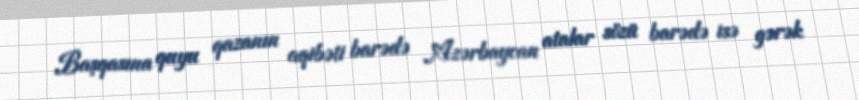
Başqasına quyu qazanın aqibəti barədə Azərbaycan atalar sözü barədə isə gərək